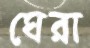
ঘেরা